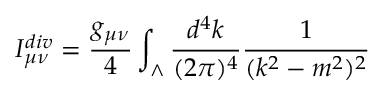
I _ { \mu \nu } ^ { d i v } = { \frac { g _ { \mu \nu } } { 4 } } \int _ { \wedge } { \frac { d ^ { 4 } k } { ( 2 \pi ) ^ { 4 } } } { \frac { 1 } { ( k ^ { 2 } - m ^ { 2 } ) ^ { 2 } } }